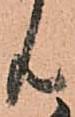
共